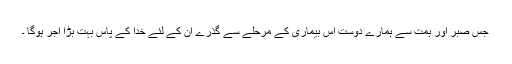
جس صبر اور ہمت سے ہمارے دوست اس بیماری کے مرحلے سے گذرے ان کے لئے خدا کے پاس بہت بڑا اجر ہوگا ۔